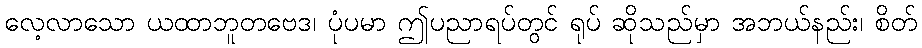
လေ့လာသော ယထာဘူတဗေဒ၊ ပုံပမာ ဤပညာရပ်တွင် ရုပ် ဆိုသည်မှာ အဘယ်နည်း၊ စိတ်